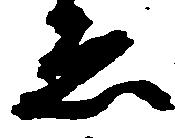
ゑ